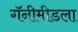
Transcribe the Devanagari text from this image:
गॅनीमीडला